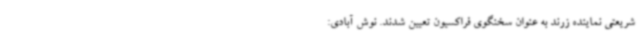
شریعتی نماینده زرند به عنوان سخنگوی فراکسیون تعیین شدند. نوش آبادی: